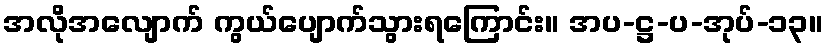
အလိုအလျောက် ကွယ်ပျောက်သွားရကြောင်း။ အပ-ဋ္ဌ-ပ-အုပ်-၁၃။